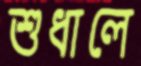
শুধালে